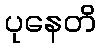
ပုနေတိ